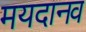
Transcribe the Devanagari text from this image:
मयदानव